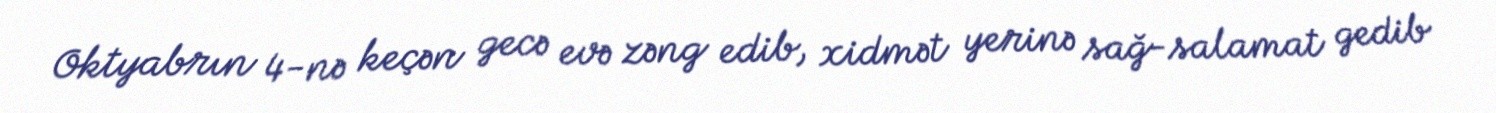
Oktyabrın 4-nə keçən gecə evə zəng edib, xidmət yerinə sağ-salamat gedib